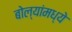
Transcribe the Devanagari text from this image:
बोल्यांमध्ये